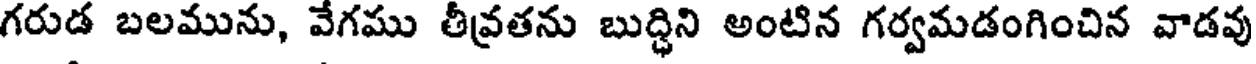
గరుడ బలమును, వేగము తీవ్రతను బుద్ధిని అంటిన గర్వమడంగించిన వాడవు